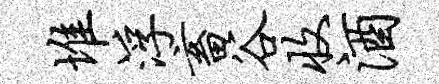
堆浮畜谷收酒